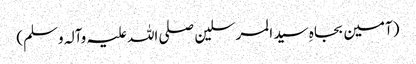
(آمین بجاہِ سید المرسلین صلی اللہ علیہ وآلہ وسلم)